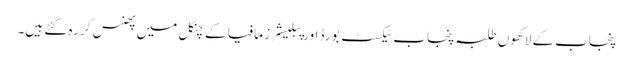
پنجاب کے لاکھوں طلبہ پنجاب ٹیکسٹ بورڈ اور پبلیشرز مافیا کے چنگل میں پھنس کر رہ گئے ہیں۔